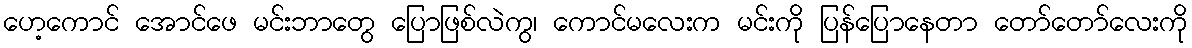
ဟေ့ကောင် အောင်ဖေ မင်းဘာတွေ ပြောဖြစ်လဲကွ၊ ကောင်မလေးက မင်းကို ပြန်ပြောနေတာ တော်တော်လေးကို